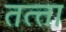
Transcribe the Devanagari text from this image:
तत्‍ता